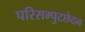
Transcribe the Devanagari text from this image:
परिसम्पुटछेदन